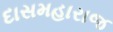
દાસમહારાજ